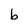
Character: b